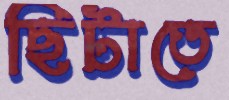
ছিটাতে